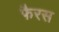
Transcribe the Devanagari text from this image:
फैरस